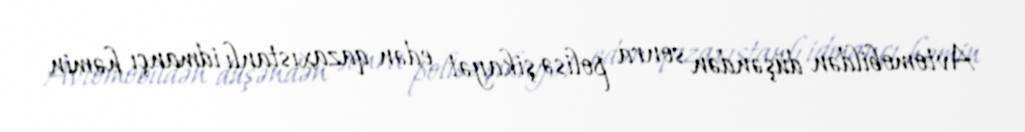
Avtomobildən düşəndən sonra polisə şikayət edən qazaxıstanlı idmançı həmin